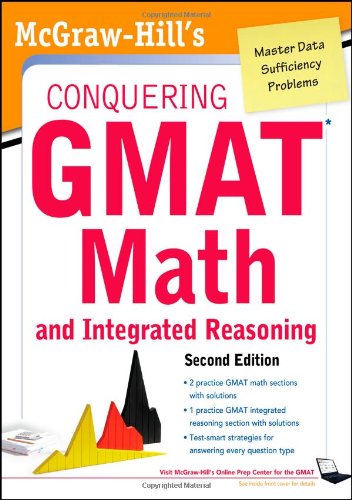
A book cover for McGraw-Hills Conquering the GMAT Math and Integrated Reasoning, 2nd Edition; Robert Moyer; Test Preparation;